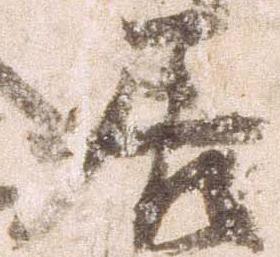
居